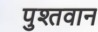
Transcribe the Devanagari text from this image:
पुश्तवान